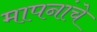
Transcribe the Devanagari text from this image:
मापनांचे